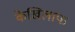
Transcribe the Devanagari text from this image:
केखिलाफ